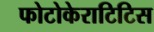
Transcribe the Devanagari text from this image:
फोटोकेराटिटिस